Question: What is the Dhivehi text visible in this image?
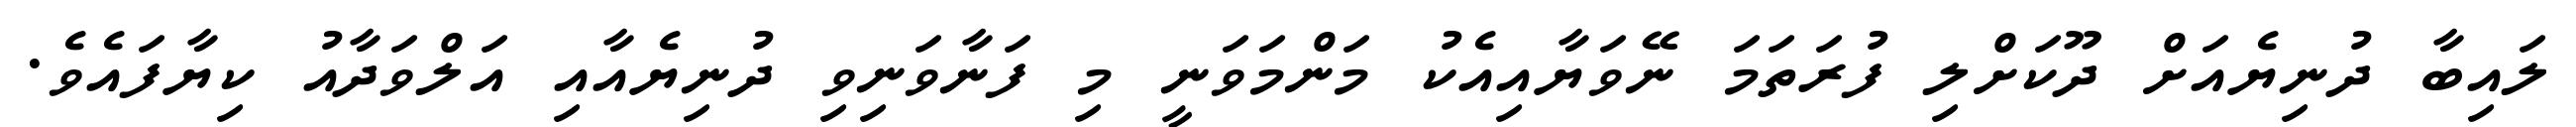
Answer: ލައިބާ ދުނިޔެއަށް ދޫކަށްލި ފުރަތަމަ ނޭވަޔާއިއެކު މަންމަވަނީ މި ފަނާވަނިވި ދުނިޔެއާއި އަލްވަދާއު ކިޔާފައެވެ.